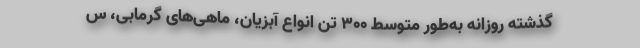
گذشته روزانه به‌طور متوسط ۳۰۰ تن انواع آبزیان، ماهی‌های گرمابی، س